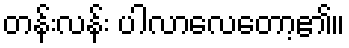
တန်းလန်း ပါလာလေတော့၏။